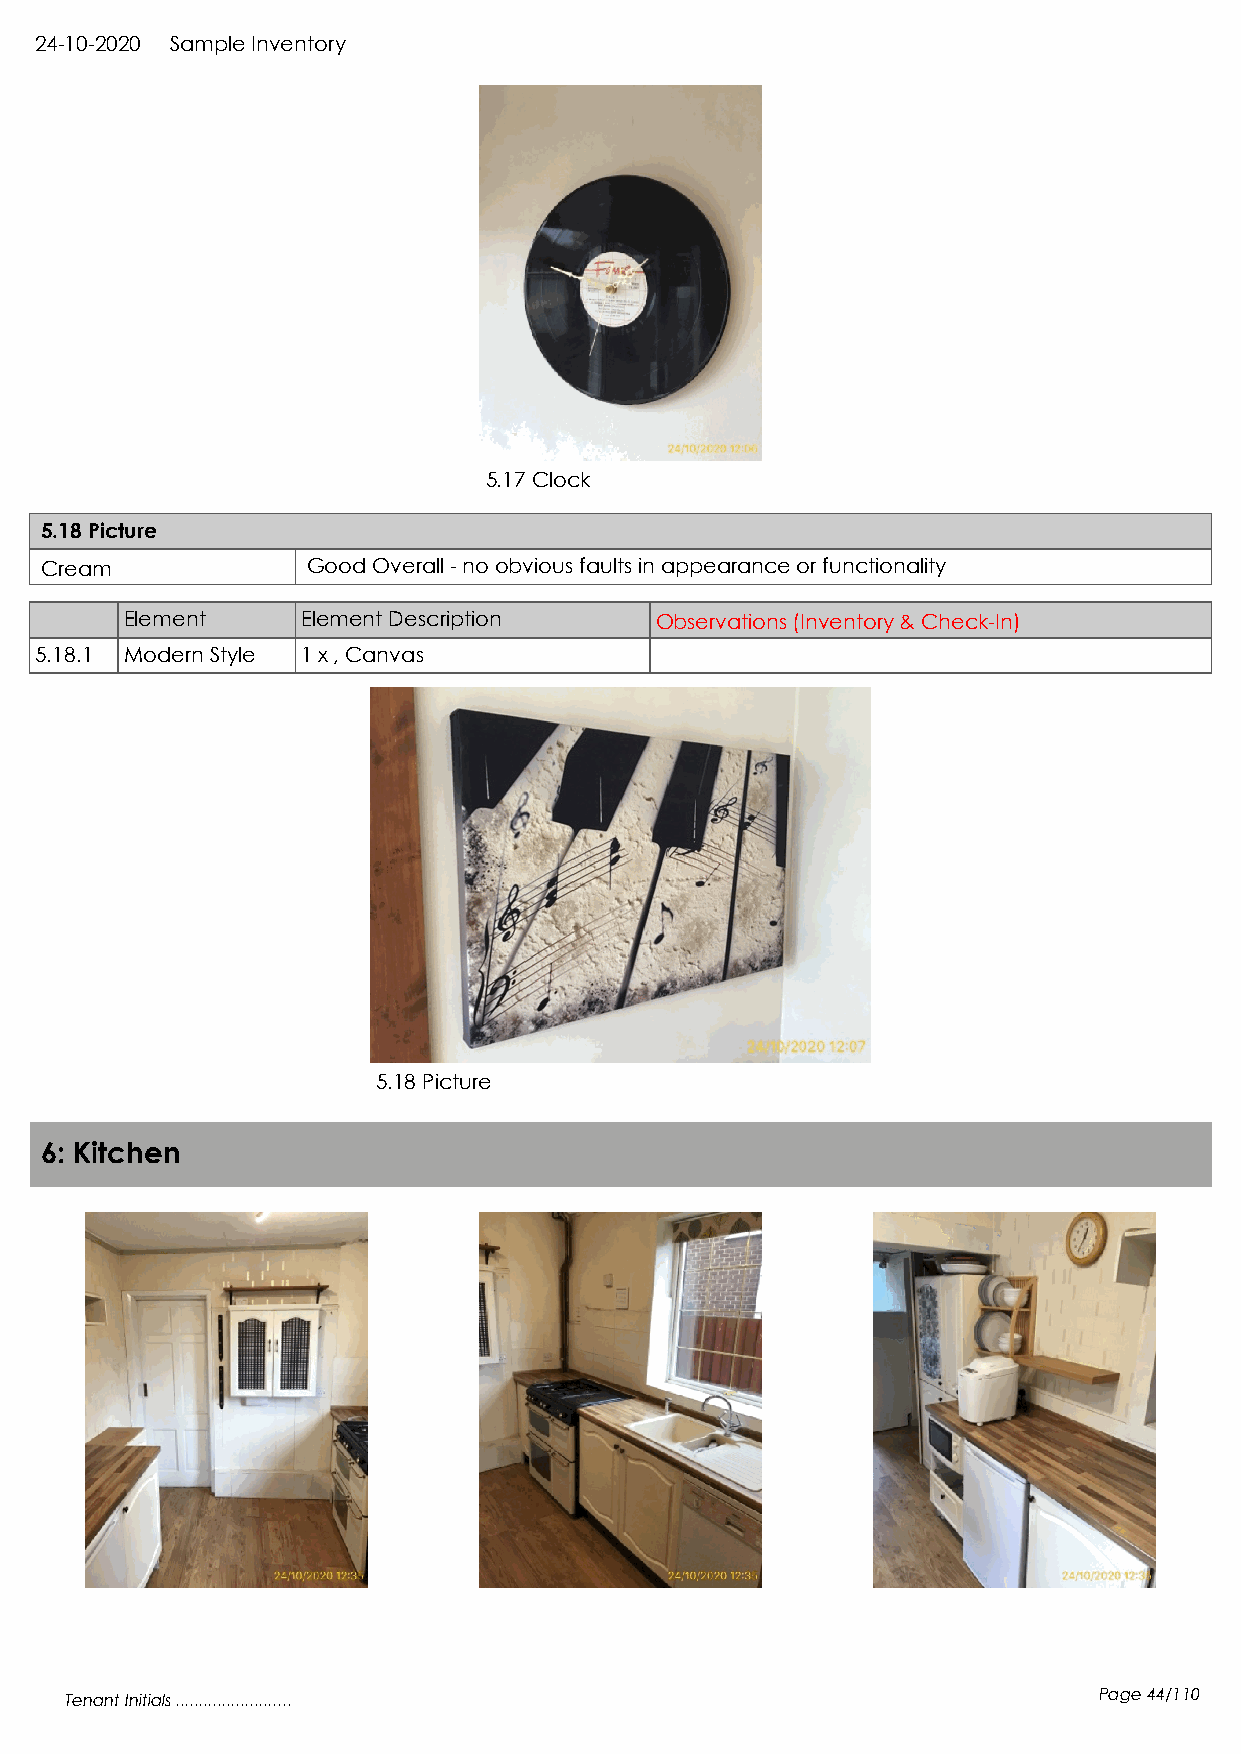
24-10-2020 Sample Inventory
 5.17 Clock
 5.18 Picture
 Cream            Good Overall - no obvious faults in appearance or functionality
 Element     Element Description    Observations (Inventory & Check-In)
 5.18.1 Modern Style 1 x , Canvas
 5.18 Picture
 6: Kitchen
 Tenant Initials .........................                            Page 44/110